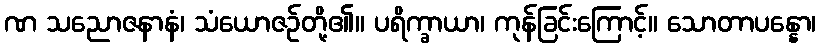
ဏ သညောဇနာနံ၊ သံယောဇဉ်တို့၏။ ပရိက္ခာယာ၊ ကုန်ခြင်းကြောင့်။ သောတာပန္နော၊